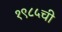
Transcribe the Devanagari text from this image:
१९८५ची